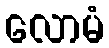
လောမံ